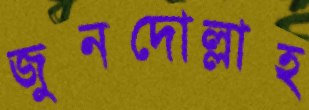
জুনদোল্লাহ